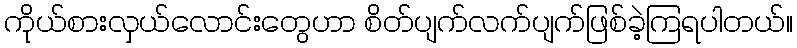
ကိုယ်စားလှယ်လောင်းတွေဟာ စိတ်ပျက်လက်ပျက်ဖြစ်ခဲ့ကြရပါတယ်။